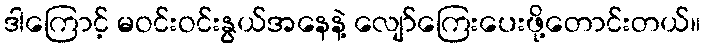
ဒါကြောင့် မဝင်းဝင်းနွယ်အနေနဲ့ လျော်ကြေးပေးဖို့တောင်းတယ်။